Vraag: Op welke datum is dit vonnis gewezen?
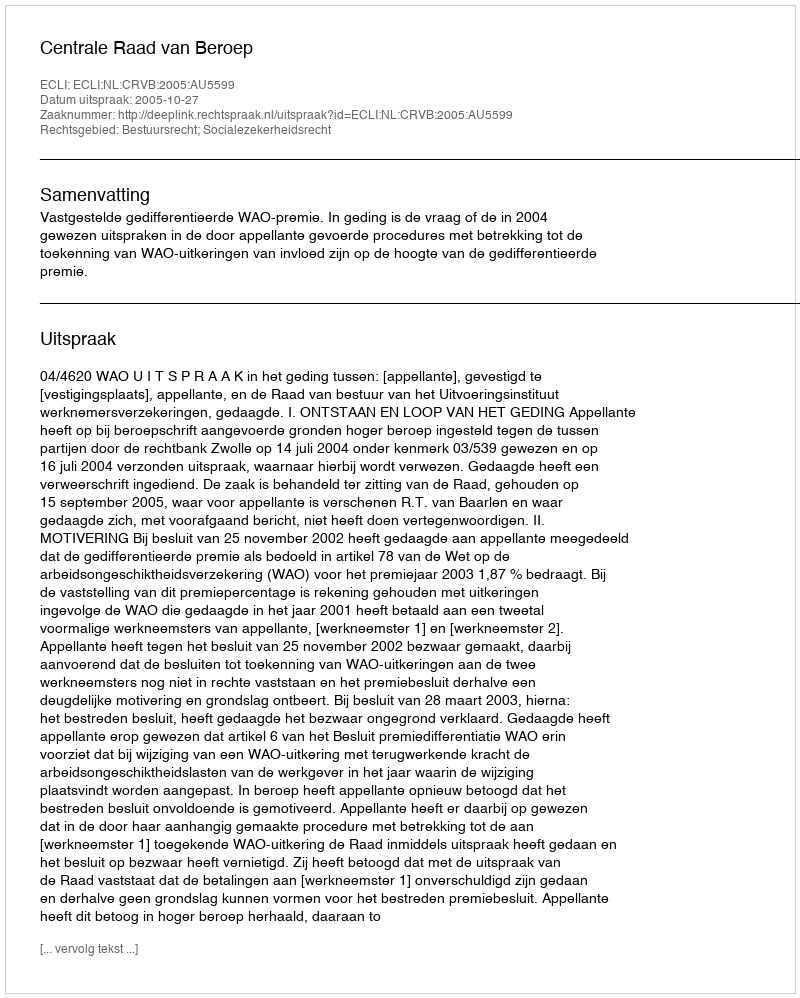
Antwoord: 2005-10-27